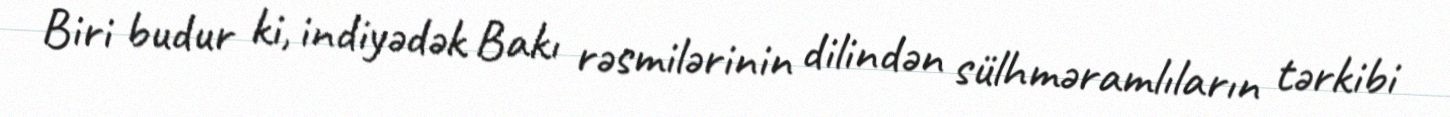
Biri budur ki, indiyədək Bakı rəsmilərinin dilindən sülhməramlıların tərkibi